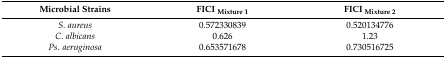
<table><thead><tr><td><b>Microbial Strains</b></td><td><b>FICI <sub>Mixture 1</sub></b></td><td><b>FICI <sub>Mixture 2</sub></b></td></tr></thead><tbody><tr><td><i>S. aureus</i></td><td>0.572330839</td><td>0.520134776</td></tr><tr><td><i>C. albicans</i></td><td>0.626</td><td>1.23</td></tr><tr><td><i>Ps. aeruginosa</i></td><td>0.653571678</td><td>0.730516725</td></tr></tbody></table>